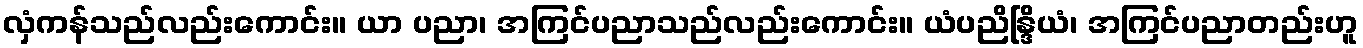
လှံကန်သည်လည်းကောင်း။ ယာ ပညာ၊ အကြင်ပညာသည်လည်းကောင်း။ ယံပညိန္ဒြိယံ၊ အကြင်ပညာတည်းဟူ